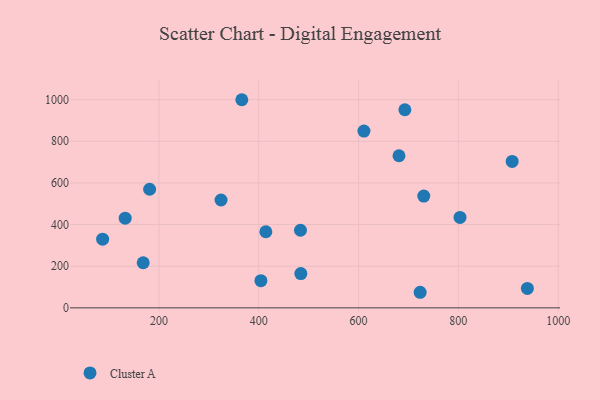
{"axis": {"x": "Study Hours", "y": "Yield"}, "legend": ["Cluster A"], "data": [{"x": "610.8", "y": 848.8, "type": "Cluster A"}, {"x": "366.0", "y": 999.6, "type": "Cluster A"}, {"x": "87.1", "y": 330.0, "type": "Cluster A"}, {"x": "168.4", "y": 216.5, "type": "Cluster A"}, {"x": "484.3", "y": 164.7, "type": "Cluster A"}, {"x": "730.7", "y": 536.8, "type": "Cluster A"}, {"x": "681.0", "y": 730.6, "type": "Cluster A"}, {"x": "404.3", "y": 130.4, "type": "Cluster A"}, {"x": "132.3", "y": 430.7, "type": "Cluster A"}, {"x": "723.4", "y": 74.8, "type": "Cluster A"}, {"x": "483.6", "y": 372.7, "type": "Cluster A"}, {"x": "803.3", "y": 434.5, "type": "Cluster A"}, {"x": "938.3", "y": 93.3, "type": "Cluster A"}, {"x": "324.4", "y": 517.9, "type": "Cluster A"}, {"x": "692.8", "y": 951.4, "type": "Cluster A"}, {"x": "414.2", "y": 365.6, "type": "Cluster A"}, {"x": "181.3", "y": 569.5, "type": "Cluster A"}, {"x": "907.8", "y": 703.1, "type": "Cluster A"}]}